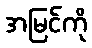
အမြင်ကို